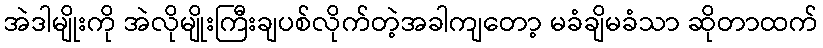
အဲဒါမျိုးကို အဲလိုမျိုးကြီးချပစ်လိုက်တဲ့အခါကျတော့ မခံချိမခံသာ ဆိုတာထက်